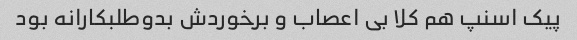
پیک اسنپ هم کلا بی اعصاب و‌ برخوردش بدو‌طلبکارانه بود